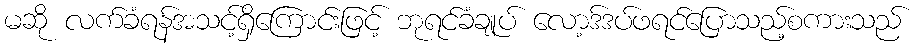
မဆို လက်ခံရန်အသင့်ရှိကြောင်းဖြင့် ဘုရင်ခံချုပ် လော့ဒ်ဒပ်ဖရင်ပြောသည့်စကားသည်